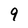
Character: 9